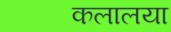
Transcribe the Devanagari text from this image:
कलालया